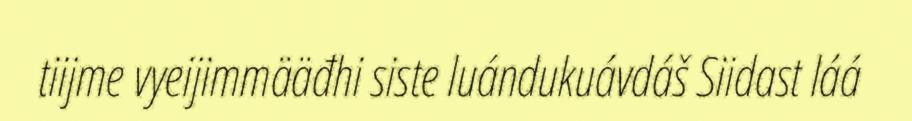
tiijme vyeijimmääđhi siste luándukuávdáš Siidast láá